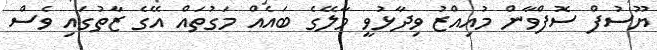
ޔޫސުފް ސޮފްވާން މުއިއްޒު ވިދާޅުވީ މާލޭގެ ބައެއް މަގުތައް އޭގެ ޒާތުގައި ވެސް